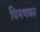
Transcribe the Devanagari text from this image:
चिमणकर